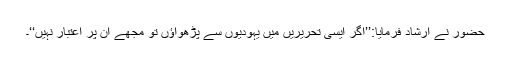
حضور نے ارشاد فرمایا:’’اگر ایسی تحریریں میں یہودیوں سے پڑھواؤں تو مجھے ان پر اعتبار نہیں‘‘۔